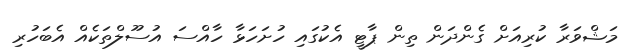
މަޝްވަރާ ކުރިއަށް ގެންދަން ތިން ޕާޓީ އެކުގައި ހުށަހަޅާ ހާއްސަ އުސޫލްތަކެއް އެބަހުރި